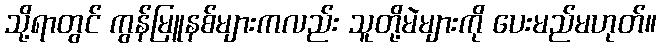
သို့ရာတွင် ကွန်မြူနစ်များကလည်း သူတို့မဲများကို ပေးမည်မဟုတ်။